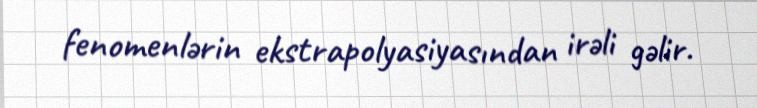
fenomenlərin ekstrapolyasiyasından irəli gəlir.